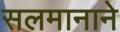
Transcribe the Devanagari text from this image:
सलमानाने